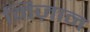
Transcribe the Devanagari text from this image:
मिज़ान